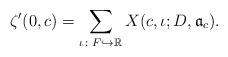
LaTeX: \begin{align*} \zeta'(0,c)=\sum_{\iota\colon F \hookrightarrow \mathbb R}X(c,\iota;D,\mathfrak a_c).\end{align*}